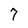
Character: 7